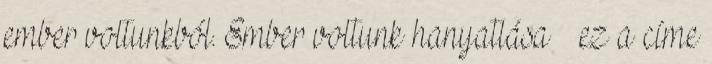
ember voltunkból. Ember voltunk hanyatlása – ez a címe